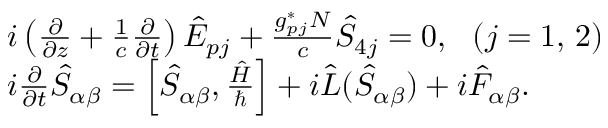
\begin{array} { r l } & { i \left( \frac { \partial } { \partial z } + \frac { 1 } { c } \frac { \partial } { \partial t } \right) { \hat { E } } _ { p j } + \frac { g _ { p j } ^ { \ast } N } { c } \hat { S } _ { 4 j } = 0 , \, \, \, \, ( j = 1 , \, 2 ) } \\ & { i \frac { \partial } { \partial t } \hat { S } _ { \alpha \beta } = \left[ \hat { S } _ { \alpha \beta } , \frac { \hat { H } } { \hbar } \right] + i { \hat { \cal L } } ( \hat { S } _ { \alpha \beta } ) + i { \hat { F } } _ { \alpha \beta } . } \end{array}